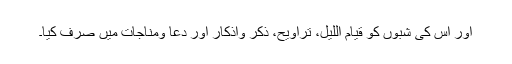
اور اس کی شبوں کو قیام اللیل، تراویح، ذکر واذکار اور دعا ومناجات میں صرف کیا۔